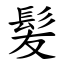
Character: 髪